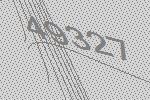
49327